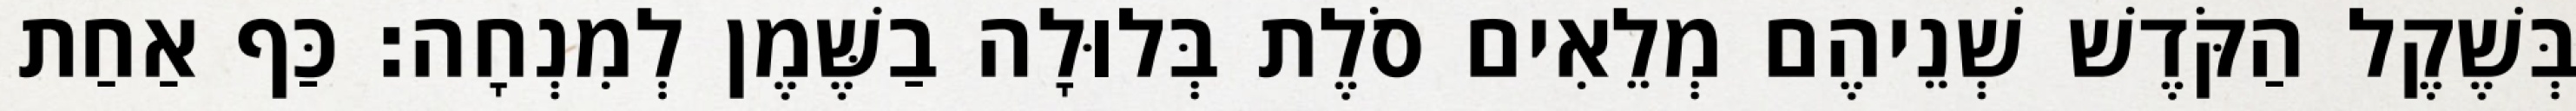
בְּשֶׁקֶל הַקֹּדֶשׁ שְׁנֵיהֶם מְלֵאִים סֹלֶת בְּלוּלָה בַשֶּׁמֶן לְמִנְחָה׃ כַּף אַחַת